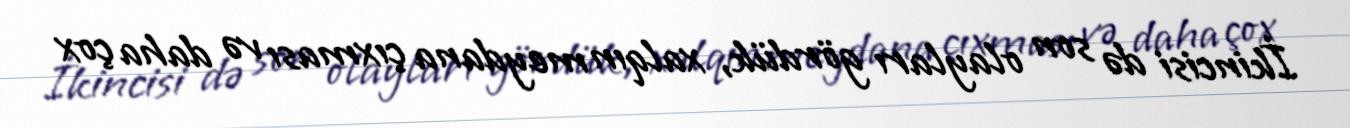
İkincisi də son olayları gördük, xalqın meydana çıxması və daha çox